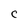
Character: C